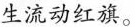
生流动红旗。